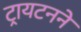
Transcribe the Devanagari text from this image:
ट्रायटनने